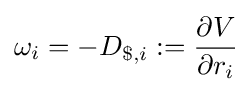
\omega _{i}=-D_{\$,i}:={\frac {\partial V}{\partial r_{i}}}